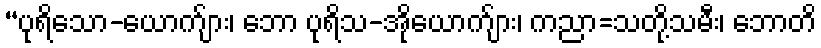
“ပုရိသော-ယောက်ျား၊ ဘော ပုရိသ-အိုယောက်ျား၊ ကညာ=သတို့သမီး၊ ဘောတိ